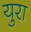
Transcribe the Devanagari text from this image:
युरा